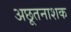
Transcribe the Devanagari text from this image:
अछूतनाशक